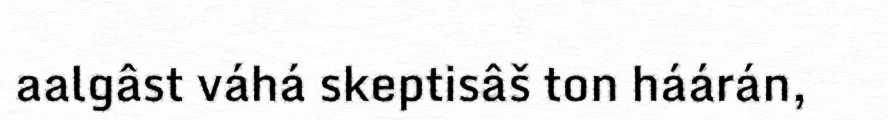
aalgâst váhá skeptisâš ton háárán,